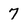
Character: 7